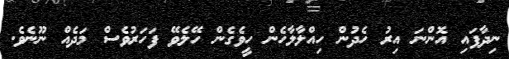
ނިދާފައި އޮންނަ އިރު ހެދުން ހިއްލާލާހެން ހީވެގެން ހޭލެވޭ ފަހަރުވެސް މަދެއް ނޫނެވެ.